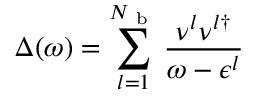
\Delta ( \omega ) = \sum _ { l = 1 } ^ { N _ { \mathrm { ~ b ~ } } } \frac { \nu ^ { l } \nu ^ { l \dagger } } { \omega - \epsilon ^ { l } }